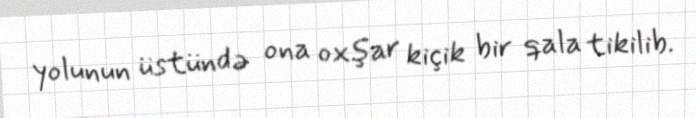
yolunun üstündə ona oxşar kiçik bir qala tikilib.